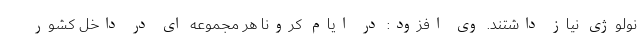
نولوژی نیاز داشتند. وی افزود: در ایام کرونا هر مجموعه ای در داخل کشور